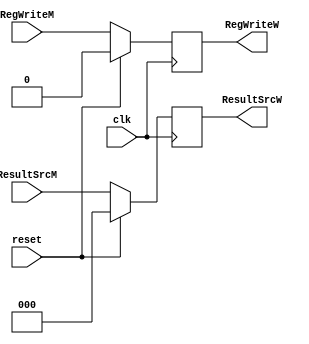
module WriteBackStageCU(
        clk,
        reset,
        RegWriteM,
        ResultSrcM,
        RegWriteW,
        ResultSrcW
    );
    
    input wire clk;
    input wire reset;
    input wire RegWriteM;
    input wire [2:0] ResultSrcM;
    
    output reg RegWriteW;
    output reg [2:0] ResultSrcW;
    
    always @ (posedge clk) begin //MEMORY -> WRITE
       if(reset) begin
           RegWriteW <= 1'b0;
           ResultSrcW <= 3'b000;
       end else begin
           RegWriteW <= RegWriteM;
           ResultSrcW <= ResultSrcM;
	   end
	end   
	
endmodule